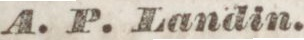
A. P. Landin.